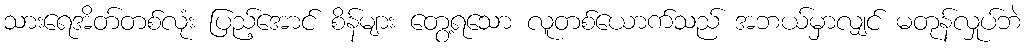
သားရေအိတ်တစ်လုံး ပြည့်အောင် စိန်များ တွေ့ရသော လူတစ်ယောက်သည် အဘယ်မှာလျှင် မတုန်လှုပ်ဘဲ